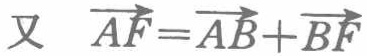
又 $\overrightarrow{AF}=\overrightarrow{AB}+\overrightarrow{BF}$